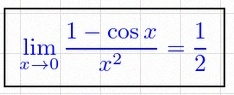
\lim_{x\to0}\frac{1-\cos x}{x^2}=\frac12